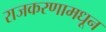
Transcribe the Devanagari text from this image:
राजकरणामधून